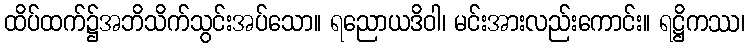
ထိပ်ထက်၌အဘိသိက်သွင်းအပ်သော။ ရညောယဒိဝါ၊ မင်းအားလည်းကောင်း။ ရဋ္ဌိကဿ၊